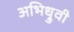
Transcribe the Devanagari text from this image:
अभिध्रुवी